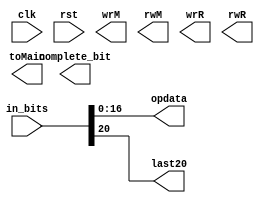
`timescale 1ns / 1ps
//////////////////////////////////////////////////////////////////////////////////
// Company: 
// Engineer: 
// 
// Design Name: 
// Module Name: CU
// Project Name: 
// Target Devices: 
// Tool Versions: 
// Description: 
// 
// Dependencies: 
// 
// Revision:
// Revision 0.01 - File Created
// Additional Comments:
// 
//////////////////////////////////////////////////////////////////////////////////


module CU(
    input clk,rst,
    input [31:0] in_bits,
    output complete_bit, wrM,rwM,wrR,rwR,
    output [16:0] opdata,
    output  last20,
    output [18:0] toMain
    );

    reg [31:0] inn;
    reg [31:0] hold_i;
    
assign opdata = {in_bits[16:10], in_bits[9:7], in_bits[6:0]};
assign last20 = in_bits[20];

    
    always@ *
begin
    case (in_bits[6:0])
    
    7'b0110111 : begin 

                 end
    7'b0010111 : begin 
                       
                 end
    7'b1101111 : begin 
                       
                    
                 end
    7'b1100111 : begin 
    
                 end
                 
    7'b1100011 : begin
                                 case(in_bits[14:12])
                 3'd0:begin end
                 3'd1:begin end
                 3'd4:begin  end
                 3'd5:begin end
                 3'd6:begin end
                 3'd7:begin end
                 endcase
                 end
                 
      7'b0000011:begin
                 end
      7'b0100011:begin

                 end
      7'b0010011:begin
                 case(in_bits[14:12])
                 3'd0: begin  end
                 3'd2: begin  end
                 3'd3: begin  end
                 3'd4: begin  end
                 3'd6: begin  end
                 3'd7: begin  end
                 3'd1: begin  end
                 3'd5: begin 
                 if(in_bits[31:25]==7'b0100000)
                 begin
                 
                 end
                 else if(in_bits[31:25]==7'd0)
                 begin
                 
                 end
                 end
                 endcase
                 
                 end
      7'b0110011:begin
                 case(in_bits[14:12])
                 3'd0 : if(in_bits[31:25]==7'd0) begin  end
                 else if(in_bits[31:25]==7'b0100000) begin   end
                 
                 3'd1: begin  end
                 3'd2: begin  end
                 3'd3: begin  end
                 3'd4: begin  end
                 3'd5 : begin  if(in_bits[31:25]==7'd0) begin  end
                 else if(in_bits[31:25]==7'b0100000) begin   end end
                 3'd6 : begin  end
                 3'd7 : begin  end
                 endcase
                 
                 end
      7'b0001111 : begin
                 
                 end
      7'b1110011 : begin
                 if(in_bits[31:20]==12'b000000000000)begin end
                 else if(in_bits[31:20]==12'b000000000001) begin end
                 end
                 




    endcase
end

    
endmodule